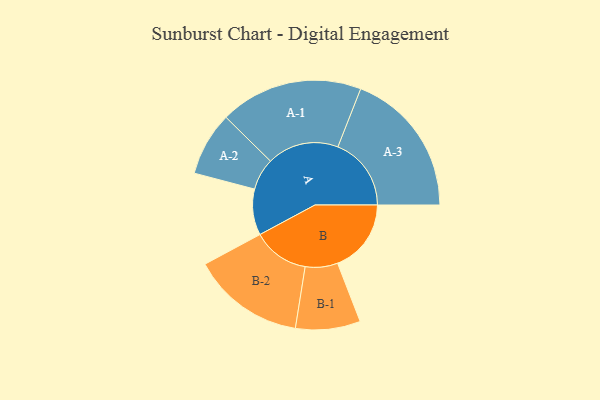
{"axis": {"x": "Segment", "y": "Value"}, "legend": ["", "A", "B"], "data": [{"x": "A", "y": 182, "type": ""}, {"x": "B", "y": 291, "type": ""}, {"x": "A-1", "y": 283, "type": "A"}, {"x": "A-2", "y": 126, "type": "A"}, {"x": "A-3", "y": 290, "type": "A"}, {"x": "B-1", "y": 128, "type": "B"}, {"x": "B-2", "y": 223, "type": "B"}]}